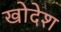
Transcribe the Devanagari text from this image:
खोदेश